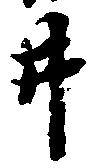
井